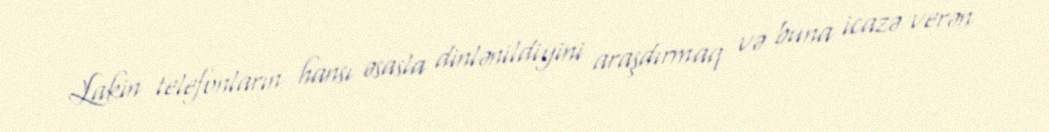
Lakin telefonların hansı əsasla dinlənildiyini araşdırmaq və buna icazə verən